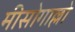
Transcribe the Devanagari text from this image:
मीसोगाल्लो